65_HS1-834228961_62-HQ-83894_Section_10
Agency: FBI
Page 1
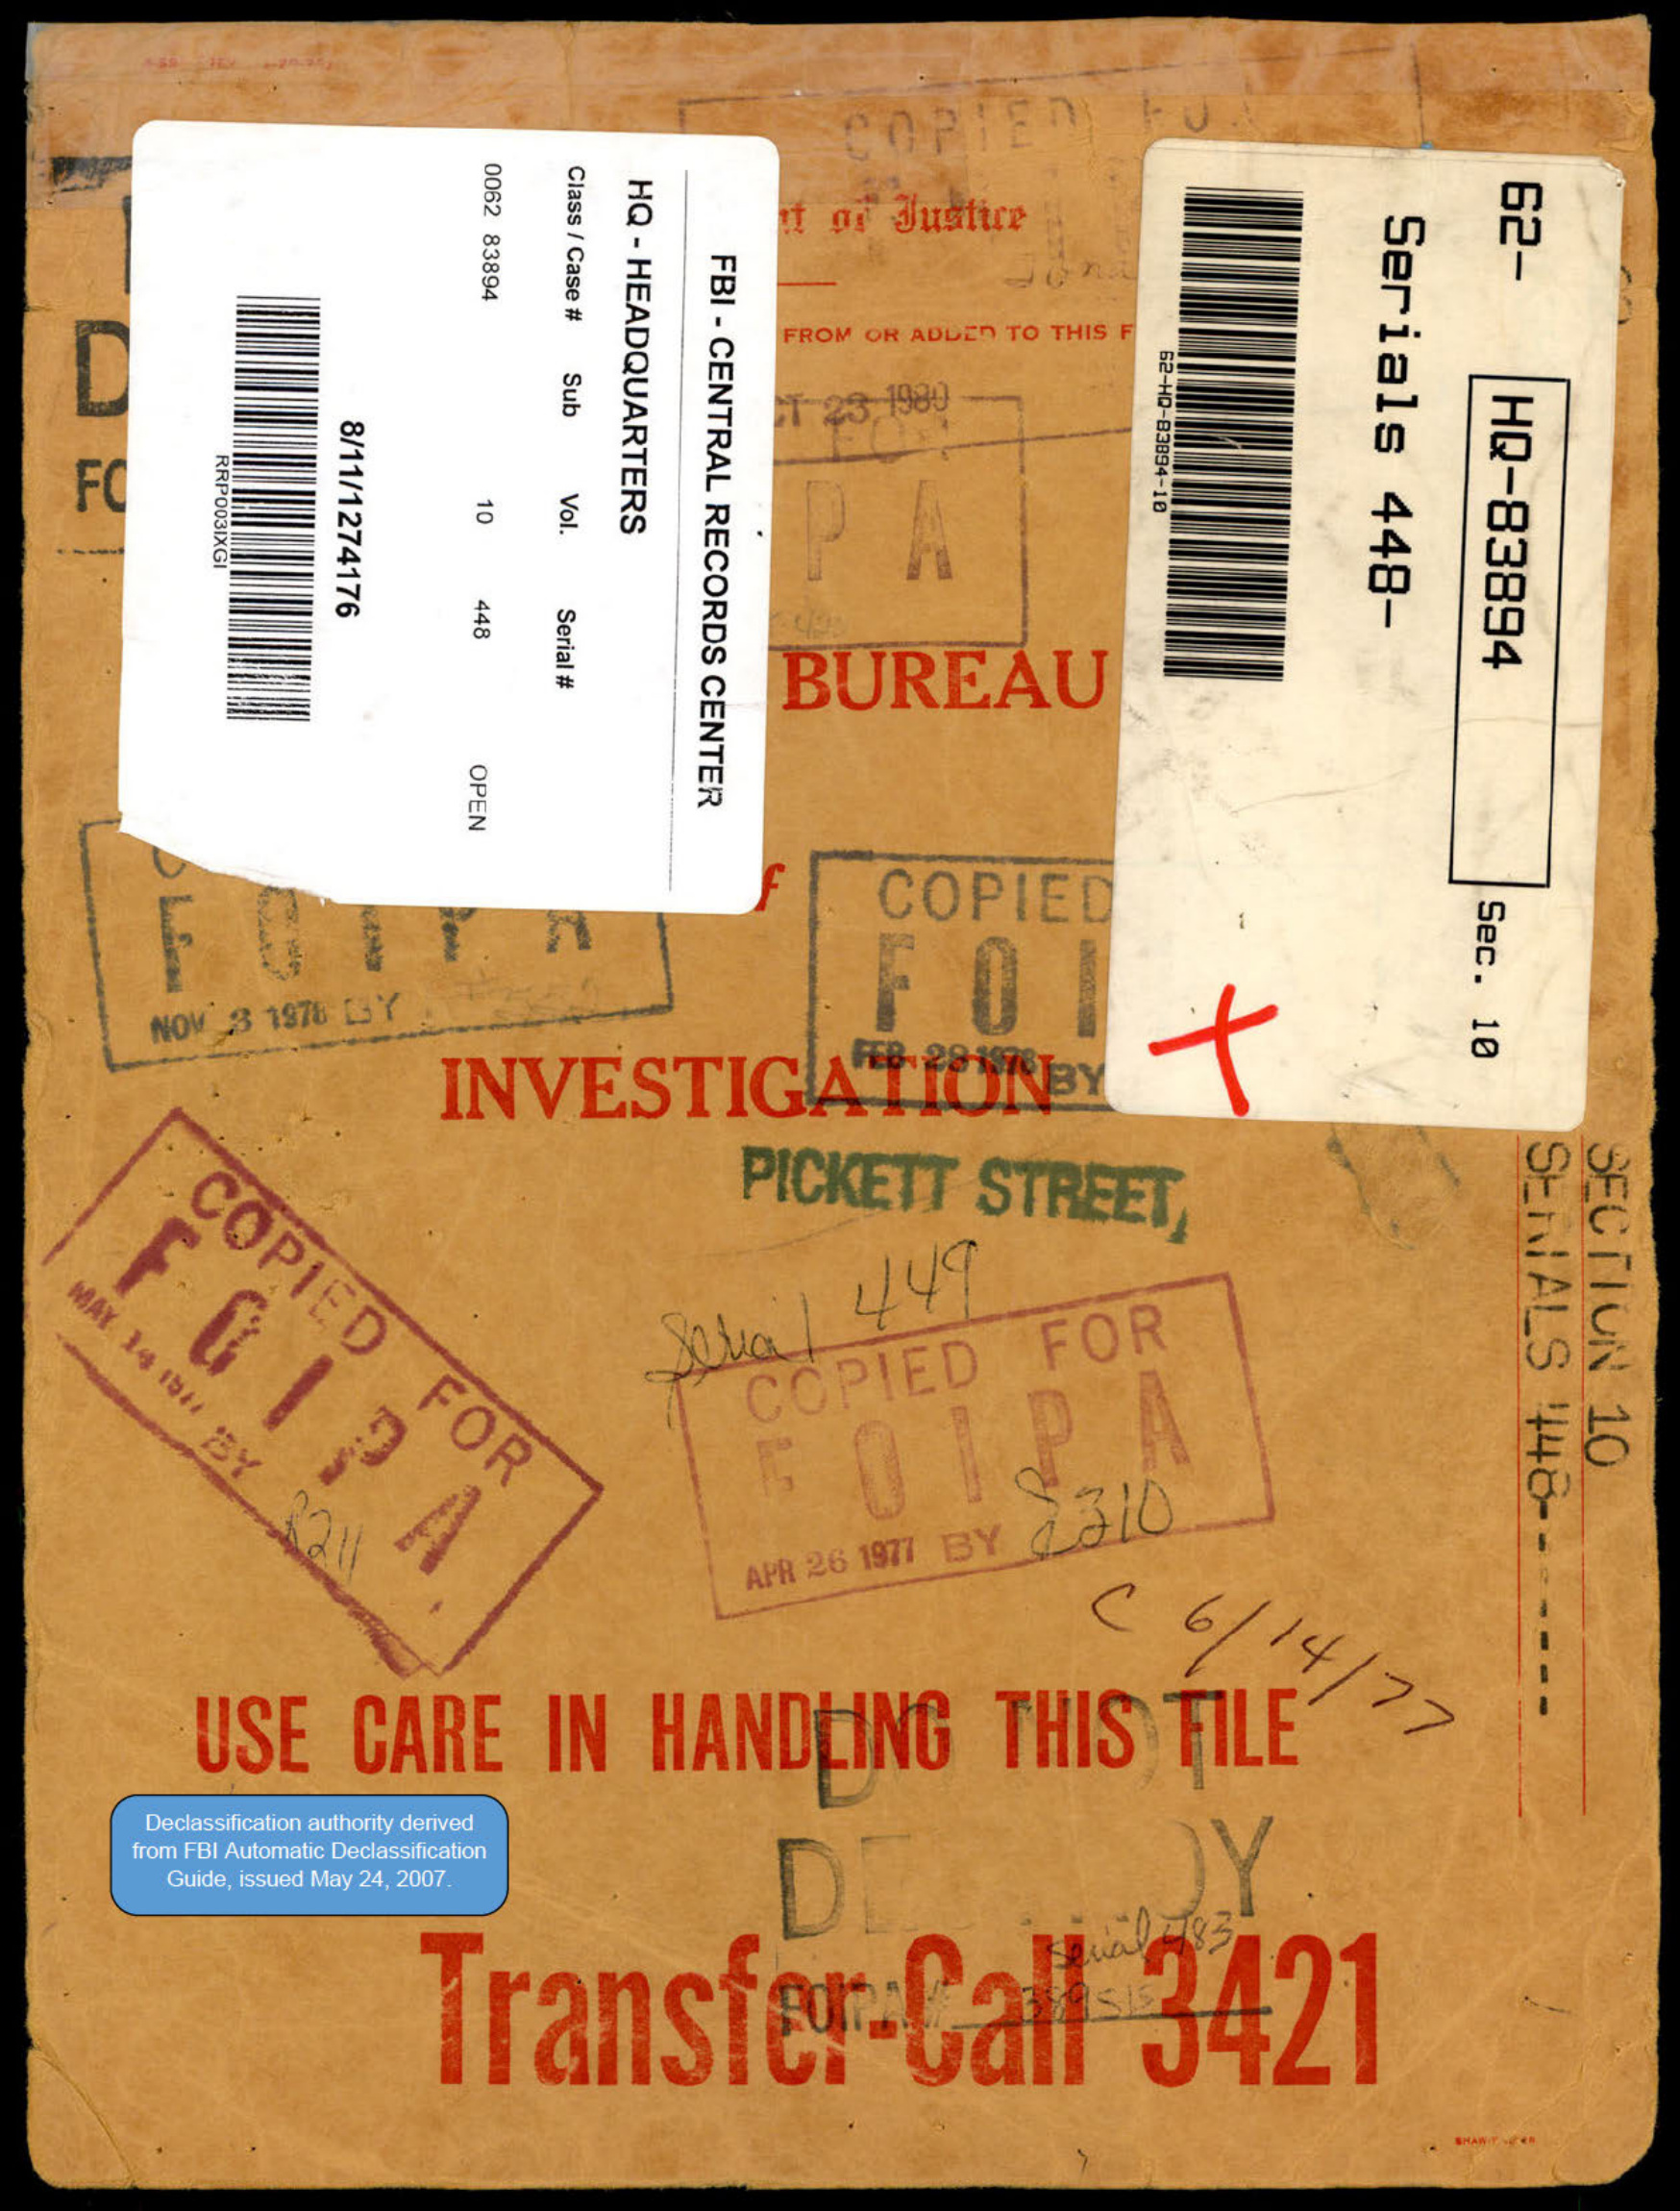